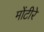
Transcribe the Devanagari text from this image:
मोंटीरे